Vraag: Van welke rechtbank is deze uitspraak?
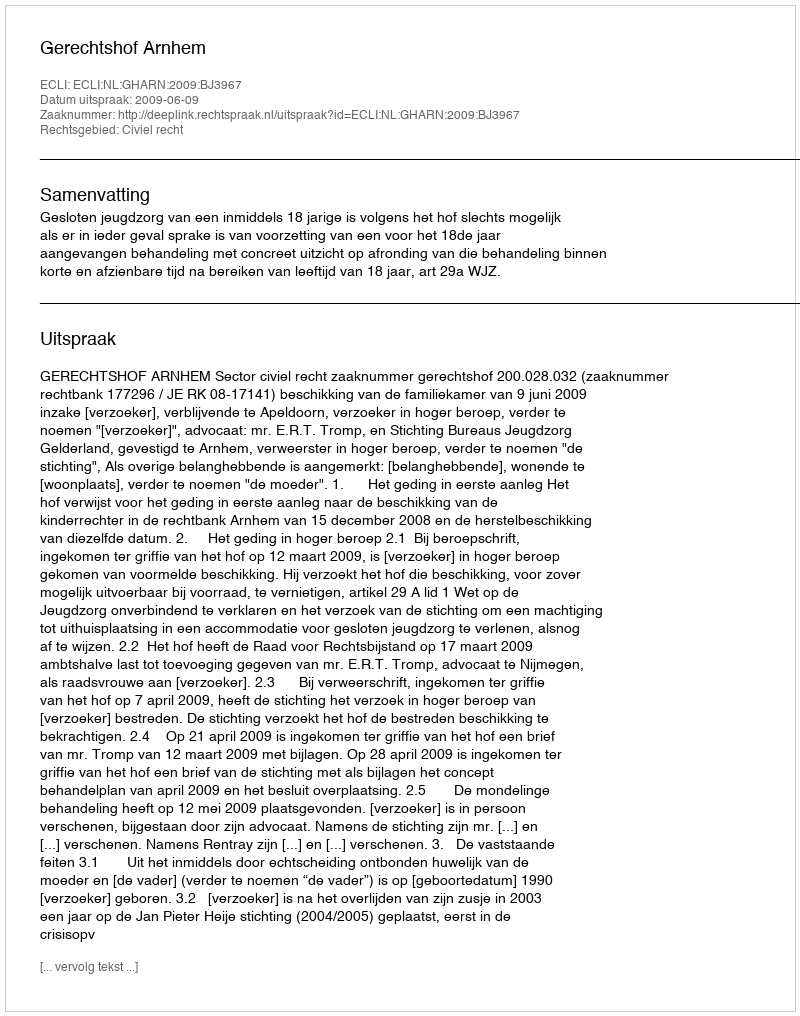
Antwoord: Gerechtshof Arnhem